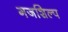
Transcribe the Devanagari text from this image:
गजशिल्प